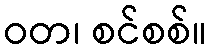
ဝတ၊ စင်စစ်။